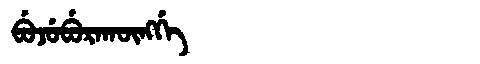
Manchu: ᠪᡠᠵᡠᠪᡠᡵᠠᡴᡡᠩᡤᡝ
Romanization: BUJUBURAKŪNGGE